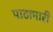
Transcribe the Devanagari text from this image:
पाठामारी